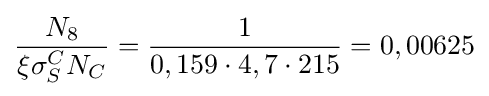
{\frac {N_{8}}{\xi \sigma _{S}^{C}N_{C}}}={\frac {1}{0,159\cdot 4,7\cdot 215}}=0,00625